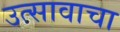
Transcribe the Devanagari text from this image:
उत्सावाचा